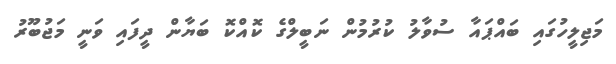
މަޖިލީހުގައި ބައްޕައާ ސުވާލު ކުރުމުން ނަބީލްގެ ކޮއްކޮ ބަޔާން ދީފައި ވަނީ މަޖުބޫރު